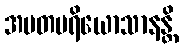
အမတပရိယောသာနန္တိ